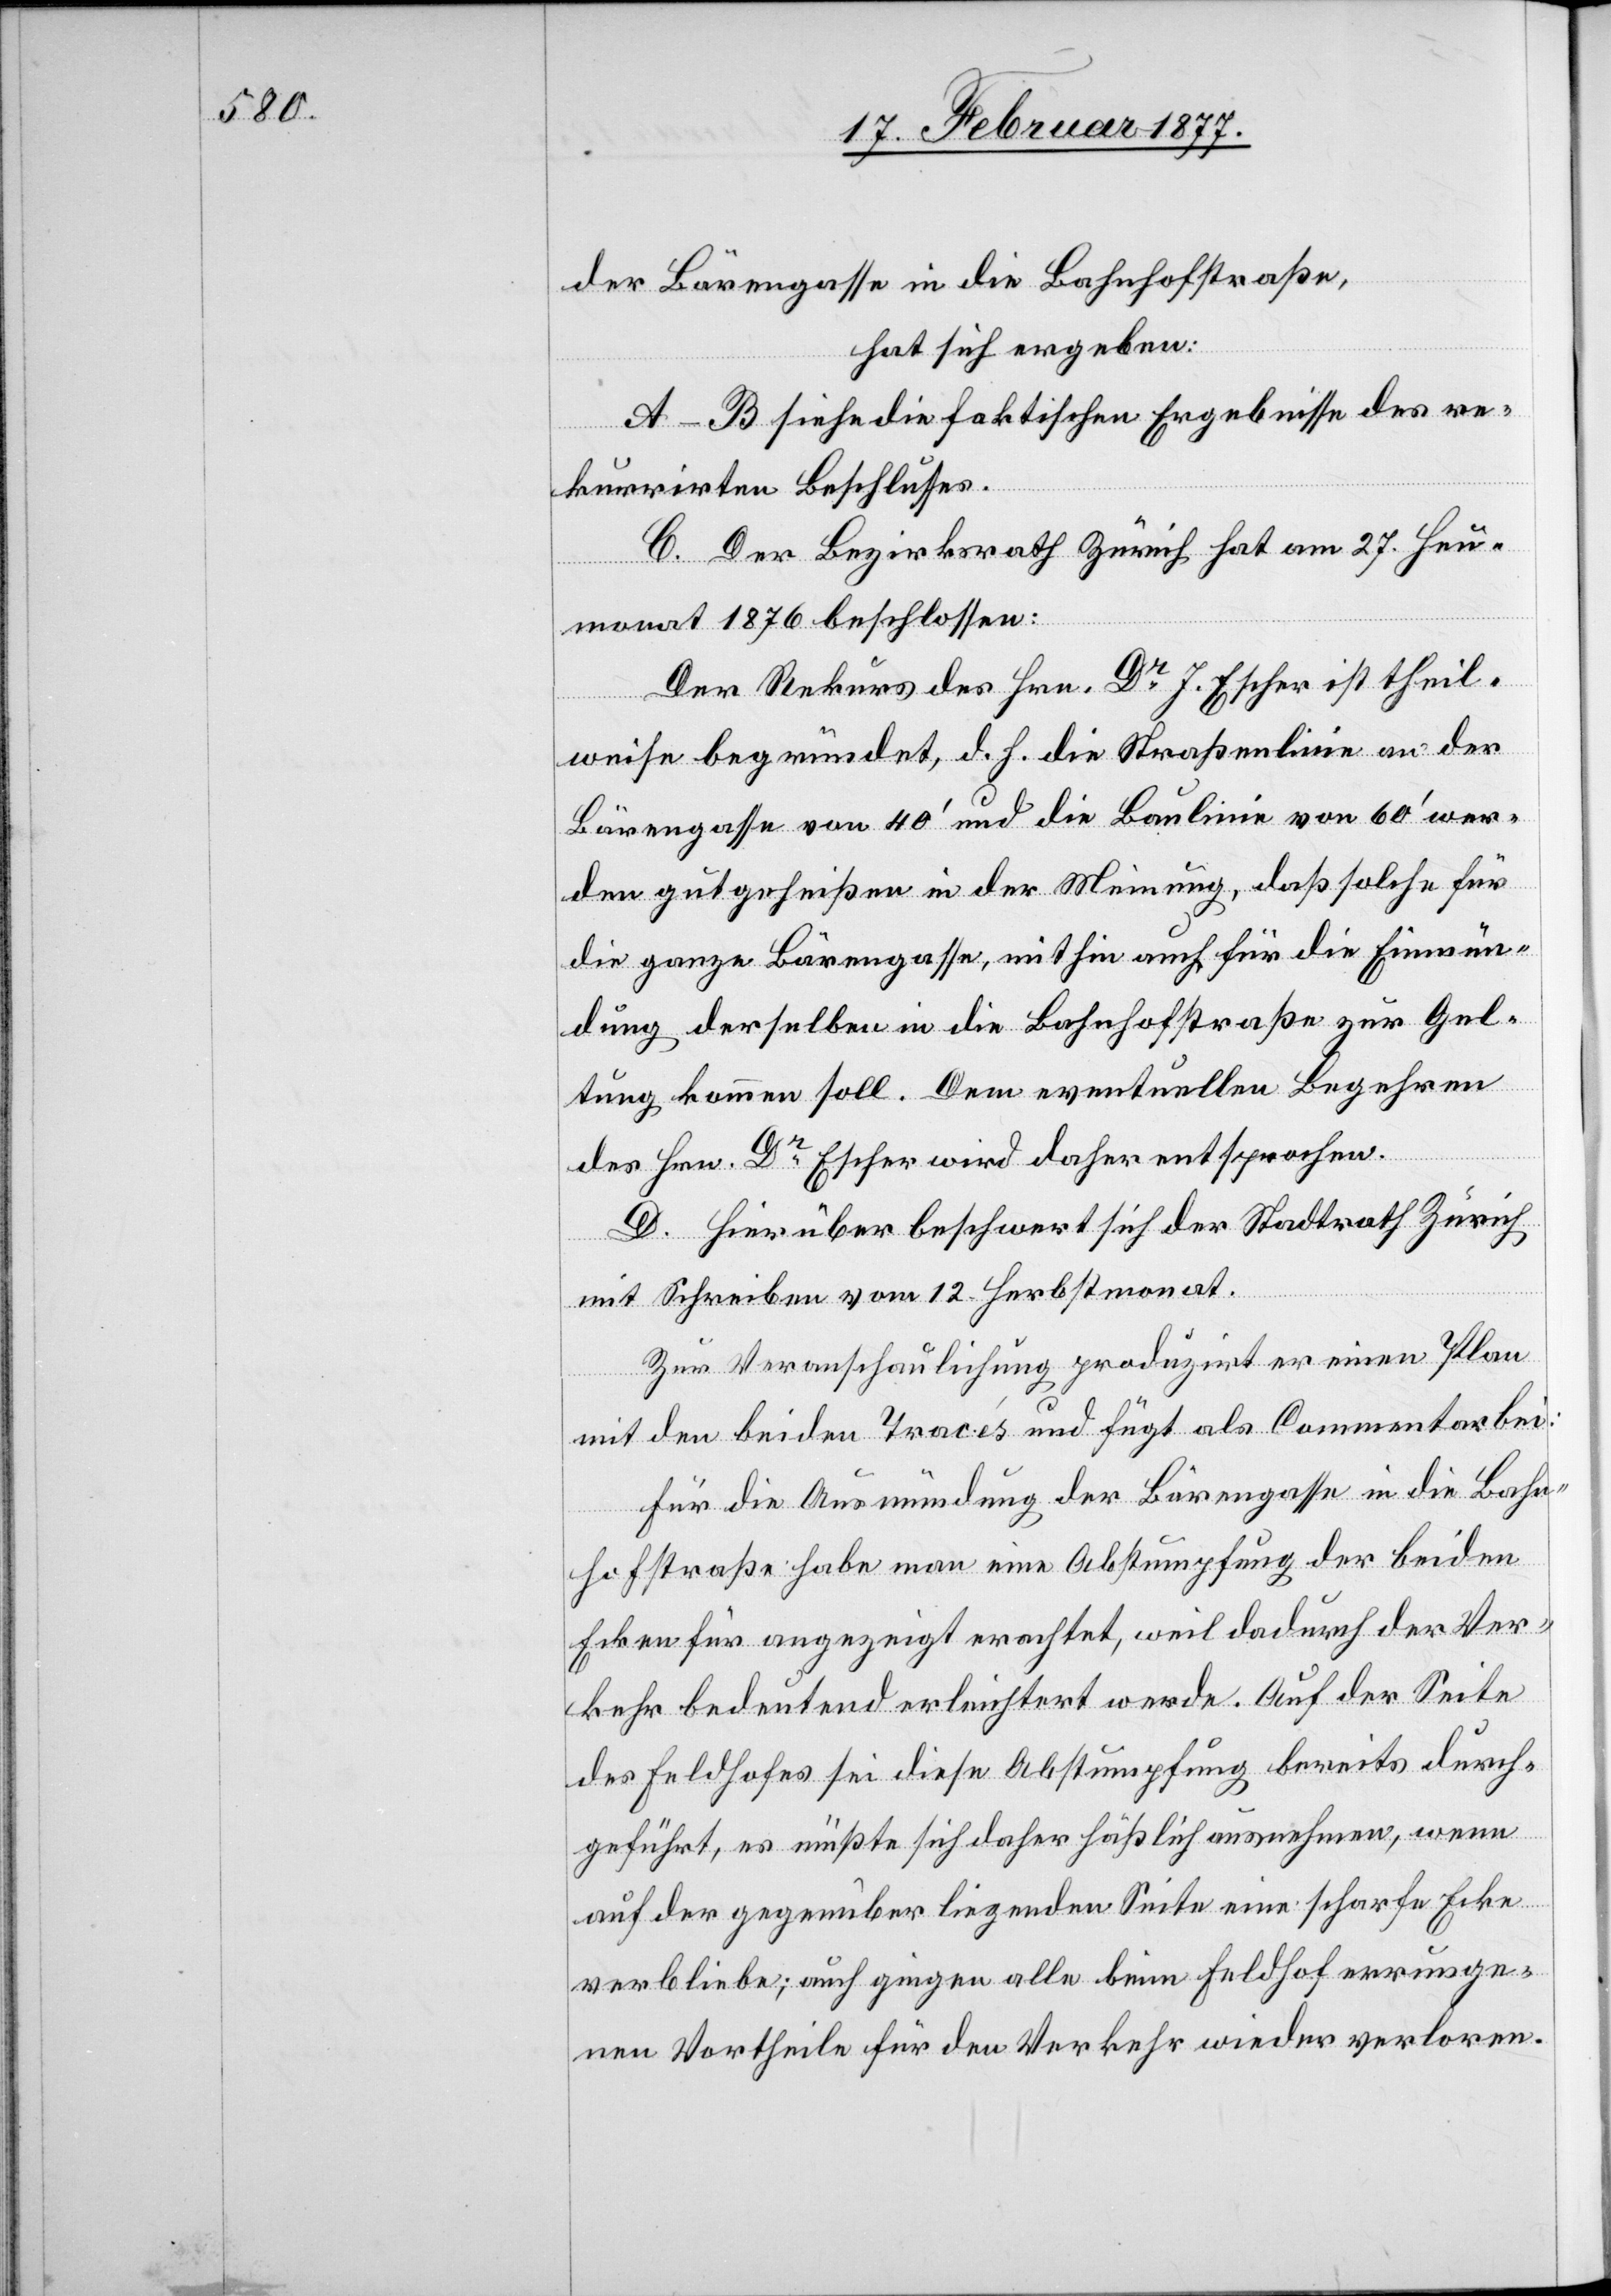
der Bärengasse in die Bahnhofstraße,
hat sich ergeben:
A–B siehe die faktischen Ergebnisse des re¬
kurrirten Beschlusses.
C. Der Bezirksrath Zürich hat am 27. Heu¬
monat 1876 beschlossen:
Der Rekurs des Hrn. Dr J. Escher ist theil¬
weise begründet, d. h. die Straßenlinie an der
Bärengasse von 40’ und die Baulinie von 60’ wer¬
den gut geheißen in der Meinung, daß solche für
die ganze Bärengasse, mithin auch für die Einmün¬
dung derselben in die Bahnhofstraße zur Gel¬
tung kommen soll. Dem eventuellen Begehren
des Hrn. Dr Escher wird daher entsprochen.
D. Hierüber beschwert sich der Stadtrath Zürich
mit Schreiben vom 12. Herbstmonat.
Zur Veranschaulichung produzirt er einen Plan
mit den beiden Tracés und fügt als Commentar bei:
Für die Ausmündung der Bärengasse in die Bahn¬
hofstraße habe man eine Abstumpfung der beiden
Ecken für angezeigt erachtet, weil dadurch der Ver¬
kehr bedeutend erleichtert werde. Auf der Seite
des Feldhofes sei diese Abstumpfung bereits durch¬
geführt, es müßte sich daher häßlich ausnehmen, wenn
auf der gegenüber liegenden Seite eine scharfe Ecke
verbleibe; auch gingen alle beim Feldhof errunge¬
nen Vortheile für den Verkehr wieder verloren.